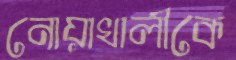
নোয়াখালীকে